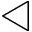
\triangleleft